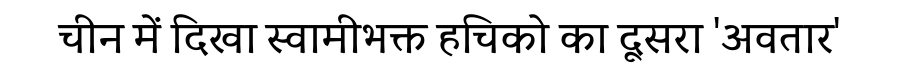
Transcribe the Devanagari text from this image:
चीन में दिखा स्वामीभक्त हचिको का दूसरा 'अवतार'